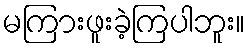
မကြားဖူးခဲ့ကြပါဘူး။